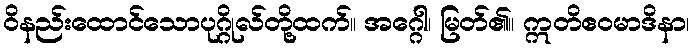
ဝိနည်းထောင်သောပုဂ္ဂိုလ်တို့ထက်။ အဂ္ဂေါ၊ မြတ်၏။ ဣတိဧဝမာဒိနာ၊